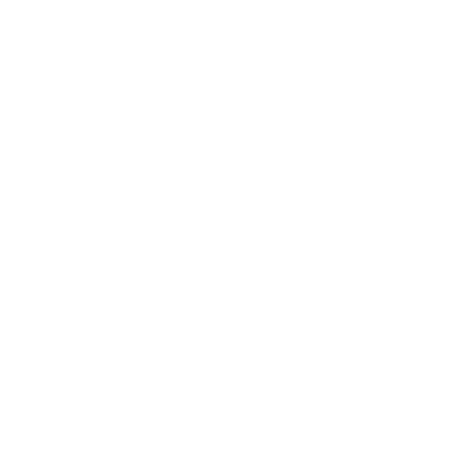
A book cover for The French Antilles; Andy Gerald Gravette; Travel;